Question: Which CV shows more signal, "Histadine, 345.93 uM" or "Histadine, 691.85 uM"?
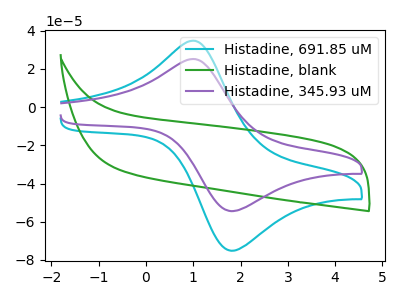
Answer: <think>The cyan curve "Histadine, 691.85 uM" has an anodic peak at (0.95V, 34.75uA) and a cathodic peak at (1.80V, -75.20uA). The green curve "Histadine, blank" has no peaks. The purple curve "Histadine, 345.93 uM" has an anodic peak at (0.95V, 25.20uA) and a cathodic peak at (1.80V, -54.45uA).
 All the peaks in "Histadine, 345.93 uM" have a peak in "Histadine, 691.85 uM" at the same potential. Every peak in "Histadine, 345.93 uM" is lower than every peak in "Histadine, 691.85 uM".</think>
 <answer>"Histadine, 345.93 uM" has less signal than "Histadine, 691.85 uM".</answer>
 <eval>less_signal</eval>